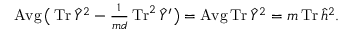
\operatorname { A v g } \big ( \textstyle \operatorname { T r } \hat { Y } ^ { 2 } - \frac { 1 } { m d } \operatorname { T r } ^ { 2 } \hat { Y } ^ { \prime } \big ) = \operatorname { A v g } \operatorname { T r } \hat { Y } ^ { 2 } = m \operatorname { T r } \hat { h } ^ { 2 } .